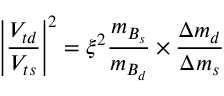
\left| \frac { V _ { t d } } { V _ { t s } } \right| ^ { 2 } = \xi ^ { 2 } \frac { m _ { B _ { s } } } { m _ { B _ { d } } } \times \frac { \Delta m _ { d } } { \Delta m _ { s } }